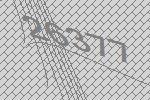
26377